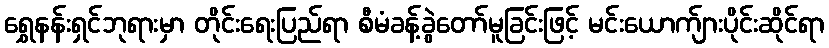
ရွှေနန်းရှင်ဘုရားမှာ တိုင်းရေးပြည်ရာ စီမံခန့်ခွဲတော်မူခြင်းဖြင့် မင်းယောက်ျားပိုင်းဆိုင်ရာ